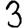
Digit: 3